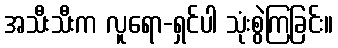
အသီးသီးက လူရော-ရှင်ပါ သုံးစွဲကြခြင်း။